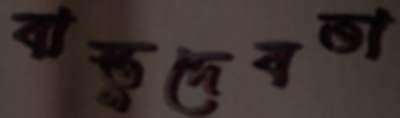
বাস্তুদেবতা